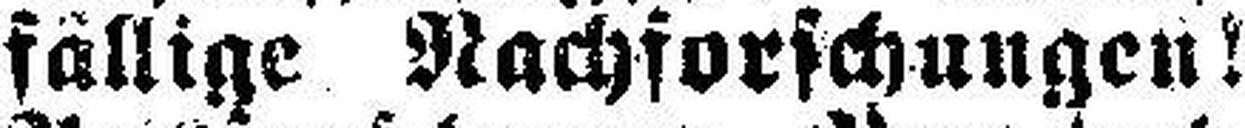
fällige Nachforschungen!